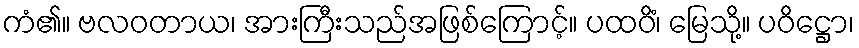
ကံ၏။ ဗလဝတာယ၊ အားကြီးသည်အဖြစ်ကြောင့်။ ပထဝိံ၊ မြေသို့။ ပဝိဋ္ဌော၊